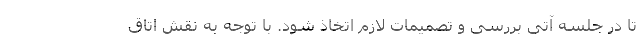
تا در جلسه آتی بررسی و تصمیمات لازم اتخاذ شود. با توجه به نقش اتاق